Statistical return of the lunatic asylum in Assam - 1912-1932
Year: 1912
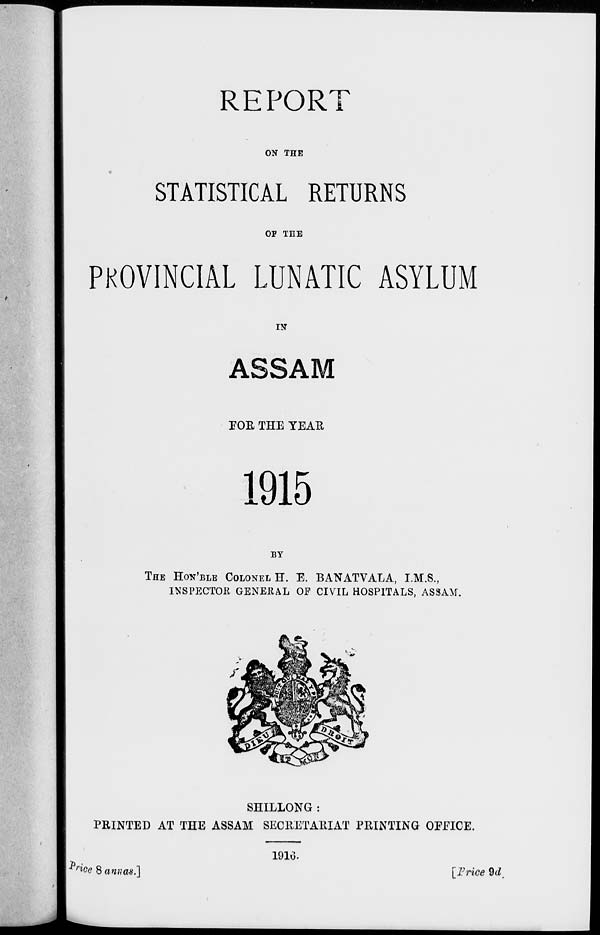
REPOR I
ON THE
STATISTICAL RETURNS
OF THE
PROVINCIAL LUNATIC ASYLUM
IN
ASSAM
FOR THE TEAR
1915
BY
THE HON'BLE COLONEL H. E. BANATVALA, I.M.S.,
INSPECTOR GENERAL OF CIVIL HOSPITALS, ASSAM.
SHILLONG :
PRINTED AT THE ASSAM SECRETARIAT PRINTING OFFICE.
191u.
r *0e 8 annas.]
[Price 9d